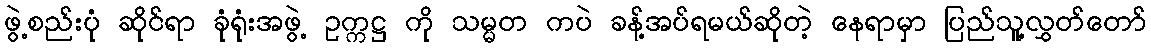
ဖွဲ့စည်းပုံ ဆိုင်ရာ ခုံရုံးအဖွဲ့ ဥက္ကဋ္ဌ ကို သမ္မတ ကပဲ ခန့်အပ်ရမယ်ဆိုတဲ့ နေရာမှာ ပြည်သူ့လွှတ်တော်